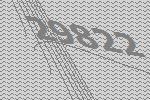
29822